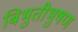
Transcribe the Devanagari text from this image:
बिभुतीभुषण